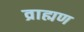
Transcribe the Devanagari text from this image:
व्राह्मण